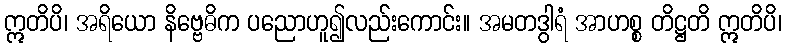
ဣတိပိ၊ အရိယော နိဗ္ဗေဓိက ပညောဟူ၍လည်းကောင်း။ အမတဒွါရံ အာဟစ္စ တိဋ္ဌတိ ဣတိပိ၊